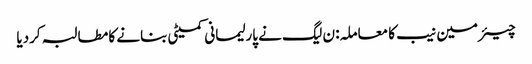
چیئرمین نیب کا معاملہ: ن لیگ نے پارلیمانی کمیٹی بنانے کا مطالبہ کردیا